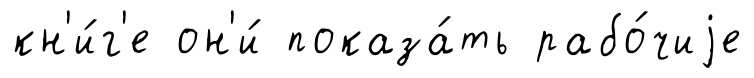
кн'и́г'е он'и́ показа́ть рабо́чиjе